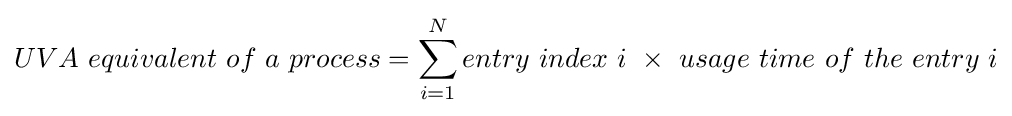
UVA\ equivalent\ of\ a\ process=\sum _{i=1}^{N}entry\ index\ i\ \times \ usage\ time\ of\ the\ entry\ i